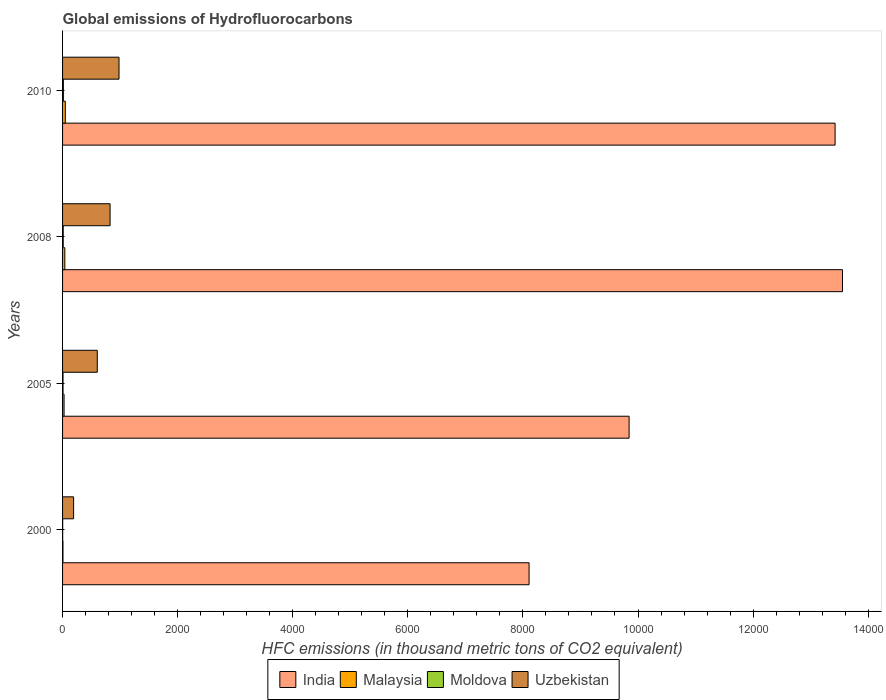
| Years | India | Malaysia | Moldova | Uzbekistan |
 | --- | --- | --- | --- | --- |
 | 2000 | 8.11e+03 | 6.9 | 1.9 | 192 |
 | 2005 | 9.85e+03 | 26.1 | 8 | 603 |
 | 2008 | 1.36e+04 | 39.2 | 11.3 | 826 |
 | 2010 | 1.34e+04 | 48 | 14 | 981 |